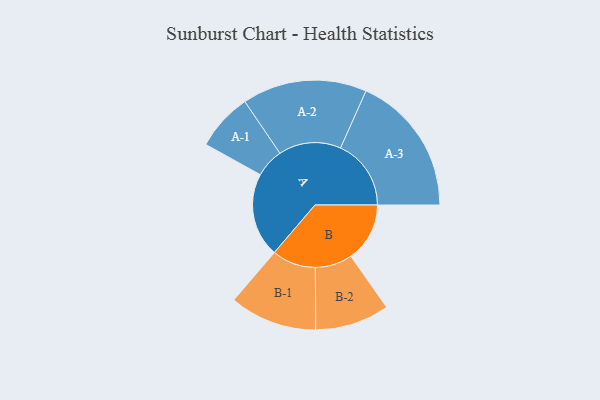
{"axis": {"x": "Segment", "y": "Value"}, "legend": ["", "A", "B"], "data": [{"x": "A", "y": 357, "type": ""}, {"x": "B", "y": 250, "type": ""}, {"x": "A-1", "y": 122, "type": "A"}, {"x": "A-2", "y": 265, "type": "A"}, {"x": "A-3", "y": 300, "type": "A"}, {"x": "B-1", "y": 186, "type": "B"}, {"x": "B-2", "y": 158, "type": "B"}]}